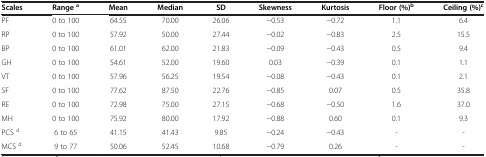
<table><thead><tr><td><b>Scales</b></td><td><b>Range<sup>a</sup></b></td><td><b>Mean</b></td><td><b>Median</b></td><td><b>SD</b></td><td><b>Skewness</b></td><td><b>Kurtosis</b></td><td><b>Floor (%)<sup>b</sup></b></td><td><b>Ceiling (%)<sup>c</sup></b></td></tr></thead><tbody><tr><td>PF</td><td>0 to 100</td><td>64.55</td><td>70.00</td><td>26.06</td><td>−0.53</td><td>−0.72</td><td>1.1</td><td>6.4</td></tr><tr><td>RP</td><td>0 to 100</td><td>57.92</td><td>50.00</td><td>27.44</td><td>−0.02</td><td>−0.83</td><td>2.5</td><td>15.5</td></tr><tr><td>BP</td><td>0 to 100</td><td>61.01</td><td>62.00</td><td>21.83</td><td>−0.09</td><td>−0.43</td><td>0.5</td><td>9.4</td></tr><tr><td>GH</td><td>0 to 100</td><td>54.61</td><td>52.00</td><td>19.60</td><td>0.03</td><td>−0.39</td><td>0.1</td><td>1.1</td></tr><tr><td>VT</td><td>0 to 100</td><td>57.96</td><td>56.25</td><td>19.54</td><td>−0.08</td><td>−0.43</td><td>0.1</td><td>2.1</td></tr><tr><td>SF</td><td>0 to 100</td><td>77.62</td><td>87.50</td><td>22.76</td><td>−0.85</td><td>0.07</td><td>0.5</td><td>35.8</td></tr><tr><td>RE</td><td>0 to 100</td><td>72.98</td><td>75.00</td><td>27.15</td><td>−0.68</td><td>−0.50</td><td>1.6</td><td>37.0</td></tr><tr><td>MH</td><td>0 to 100</td><td>75.92</td><td>80.00</td><td>17.92</td><td>−0.88</td><td>0.60</td><td>0.1</td><td>9.3</td></tr><tr><td>PCS <sup>d</sup></td><td>6 to 65</td><td>41.15</td><td>41.43</td><td>9.85</td><td>−0.24</td><td>−0.43</td><td>-</td><td>-</td></tr><tr><td>MCS <sup>d</sup></td><td>9 to 77</td><td>50.06</td><td>52.45</td><td>10.68</td><td>−0.79</td><td>0.26</td><td>-</td><td>-</td></tr></tbody></table>